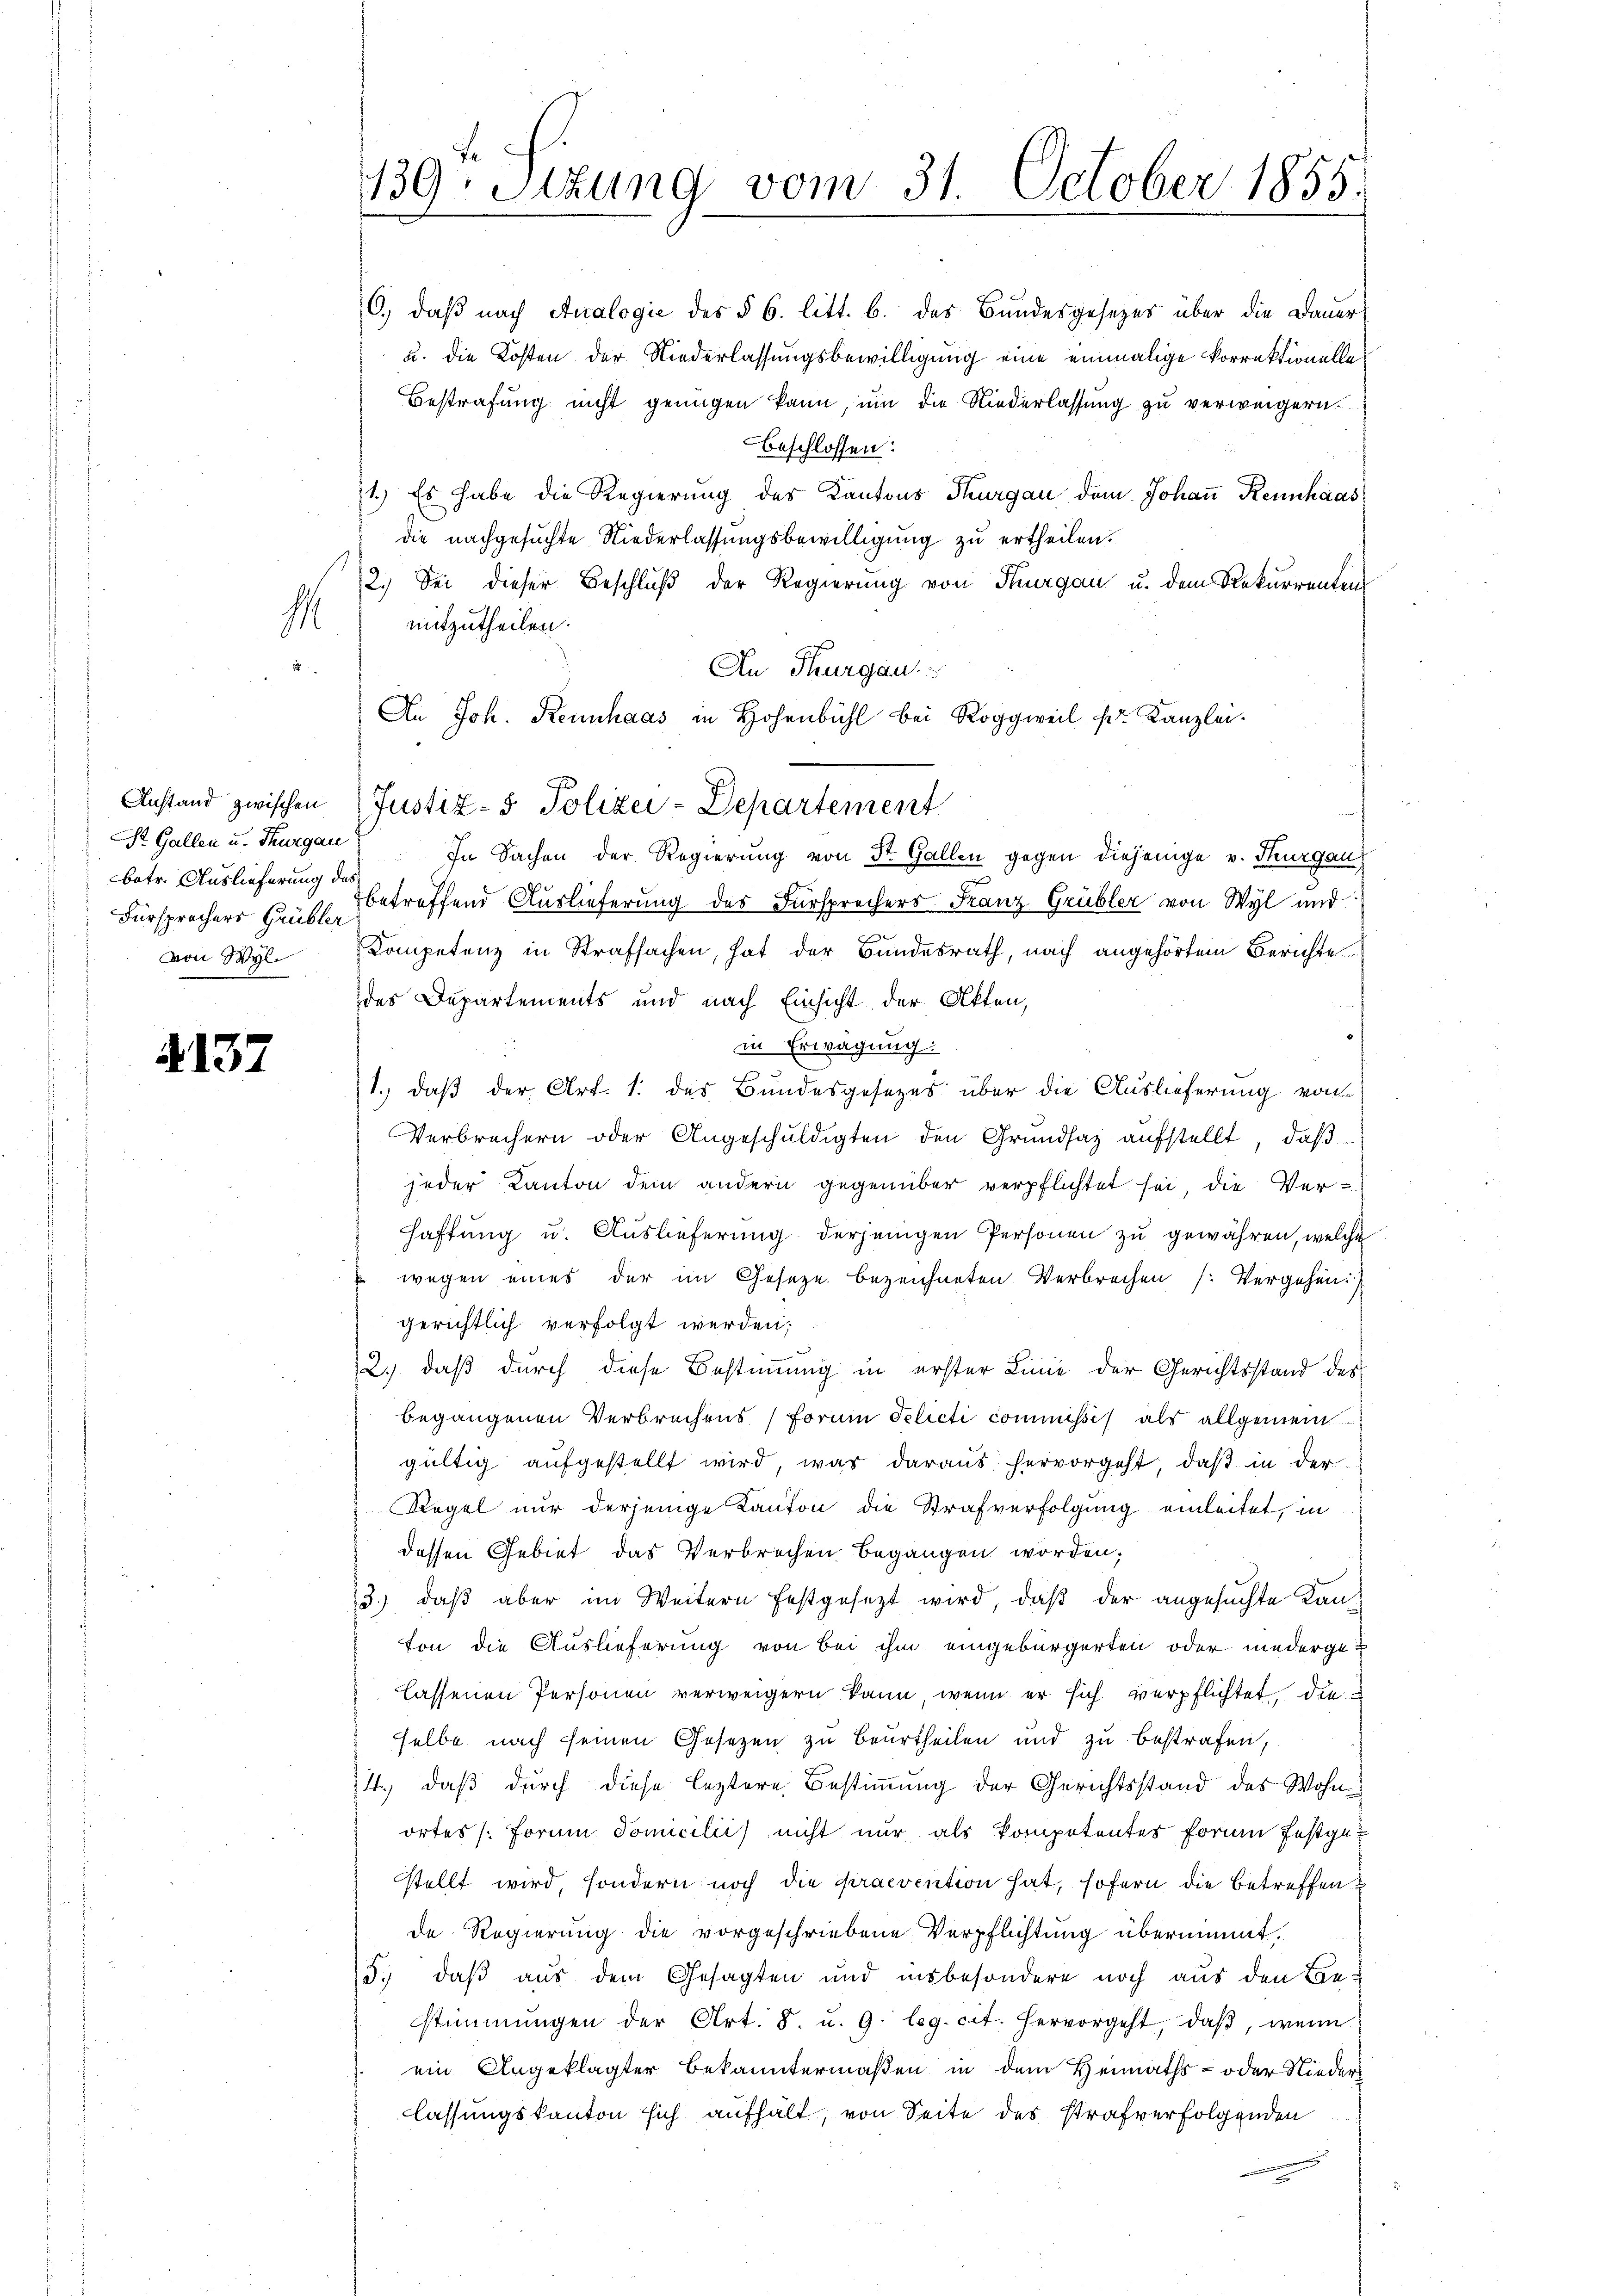
betr. Auslieferung des
von Wyl

4137

6., daß nach Analogie des § 6. litt. b. des Bundesgesezes über die Dauer-
u. die Kosten der Niederlassungsbewilligung eine einmalige korrektionelle
Bestrafung nicht genügen kann, um die Niederlassung zu verweigern.
Beschlossen:
1.) Es habe die Regierung des Kantons Thurgau dem Johaṅ Rennhaas
die nachgesuchte Niederlassungsbewilligung zu ertheilen.
2.) Sei dieser Beschluß der Regierung von Thurgau u. dem Rekurrenten
h mitzutheilen.
2
An Thurgau.
An Joh. Rennhaas in Hohenbühl bei Roggweil pr. Kanzlei.
Anstand zwischen (Justiz- & Polizei-Departement
St. Gallen u. Thurgau: In Sachen der Regierung von St. Gallen gegen diejenige v. Thurgau,
Fürsprochers Hause betreffend Auslieferung des Fürsprechers Franz Grübler von Wyl und
Kompetenz in Strafsachen, hat der Bundesrath, nach angehörtem Berichte
des Departements und nach Einsicht der Akten,
in Erwägung:
1.) daß der Art. 1. des Bundesgesezes über die Auslieferung von
Verbrechern oder Angeschŭldigten den Grundsaz aŭfstellt, daβ
jeder Kanton dem andern gegenüber verpflichtet sei, die Ver-
Haftung u. Auslieferung derjenigen Personen zu gewähren, welche
 wegen eines der im Gesetze bezeichneten Verbrechen (Vergehen:
gerichtlich verfolgt werden;
2.) daß durch diese Bestimmung in erster Linie der Gerichtsstand des
begangenen Verbrechens Forme Pelicti commissis als allgemein
gültig aufgestellt wird, was daraus hervorgeht, daß in der
Regel nur derjenige Kanton die Strafverfolgung einleitet, in
dessen Gebiet das Verbrechen begangen worden.
3.) daß aber im Weitern festgesezt wird, daß der angesuchte Kanton die Auslieferung von bei ihm eingebürgerten oder niedergelassenen Personen verweigern kann, wenn er sich verpflichtet, die
selbe nach seinen Gesezen zu beurtheilen und zu bestrafen,
14., daß durch diese leztere Bestimmung der Gerichtsstand des Wohnortes (Forme Tomicilii nicht nur als kompetentes formen festgestellt wird, sondern noch die praevention hat, sofern die betreffen
de Regierung die vorgeschriebene Verpflichtung übernimmt.
15. daß aus dem Gesagten und insbesondere noch aus den Be-
stimmungen der Art. 8. u. 9. leg. cit. hervorgeht, daβ, wenn
ein Angeklagter Bekanntermaßen in dem Heimaths- oder Nieder
lassungskanton sich aufhält, von Seite des Strafverfolgenden

139. Sitzung vom 31. October 1855.